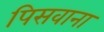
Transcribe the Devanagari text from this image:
पिसवाना